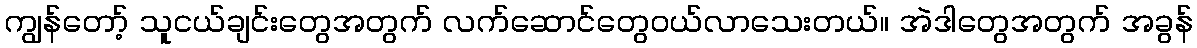
ကျွန်တော့် သူငယ်ချင်းတွေအတွက် လက်ဆောင်တွေဝယ်လာသေးတယ်။ အဲဒါတွေအတွက် အခွန်